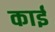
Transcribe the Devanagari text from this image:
काईं